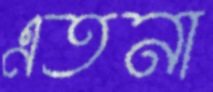
এতনা